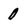
Character: 0